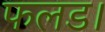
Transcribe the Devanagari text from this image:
फलड।